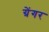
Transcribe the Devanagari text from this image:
ग्रेंगर